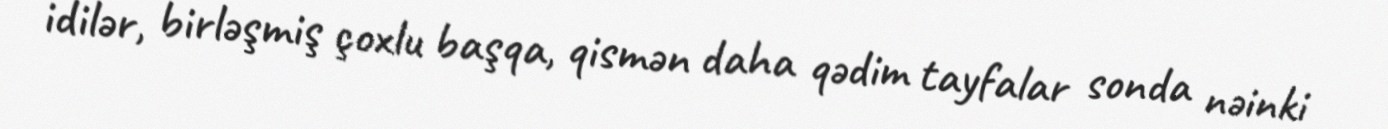
idilər, birləşmiş çoxlu başqa, qismən daha qədim tayfalar sonda nəinki